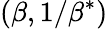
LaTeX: (\beta,1/\beta^{\ast})